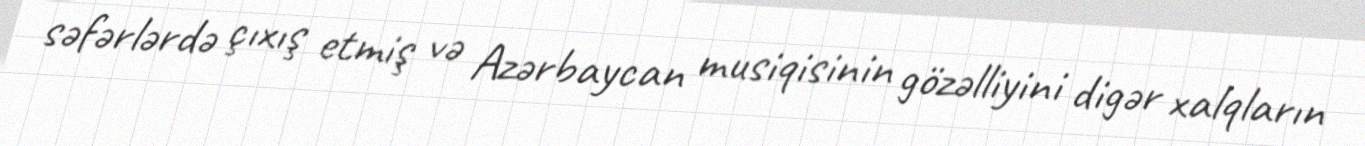
səfərlərdə çıxış etmiş və Azərbaycan musiqisinin gözəlliyini digər xalqların